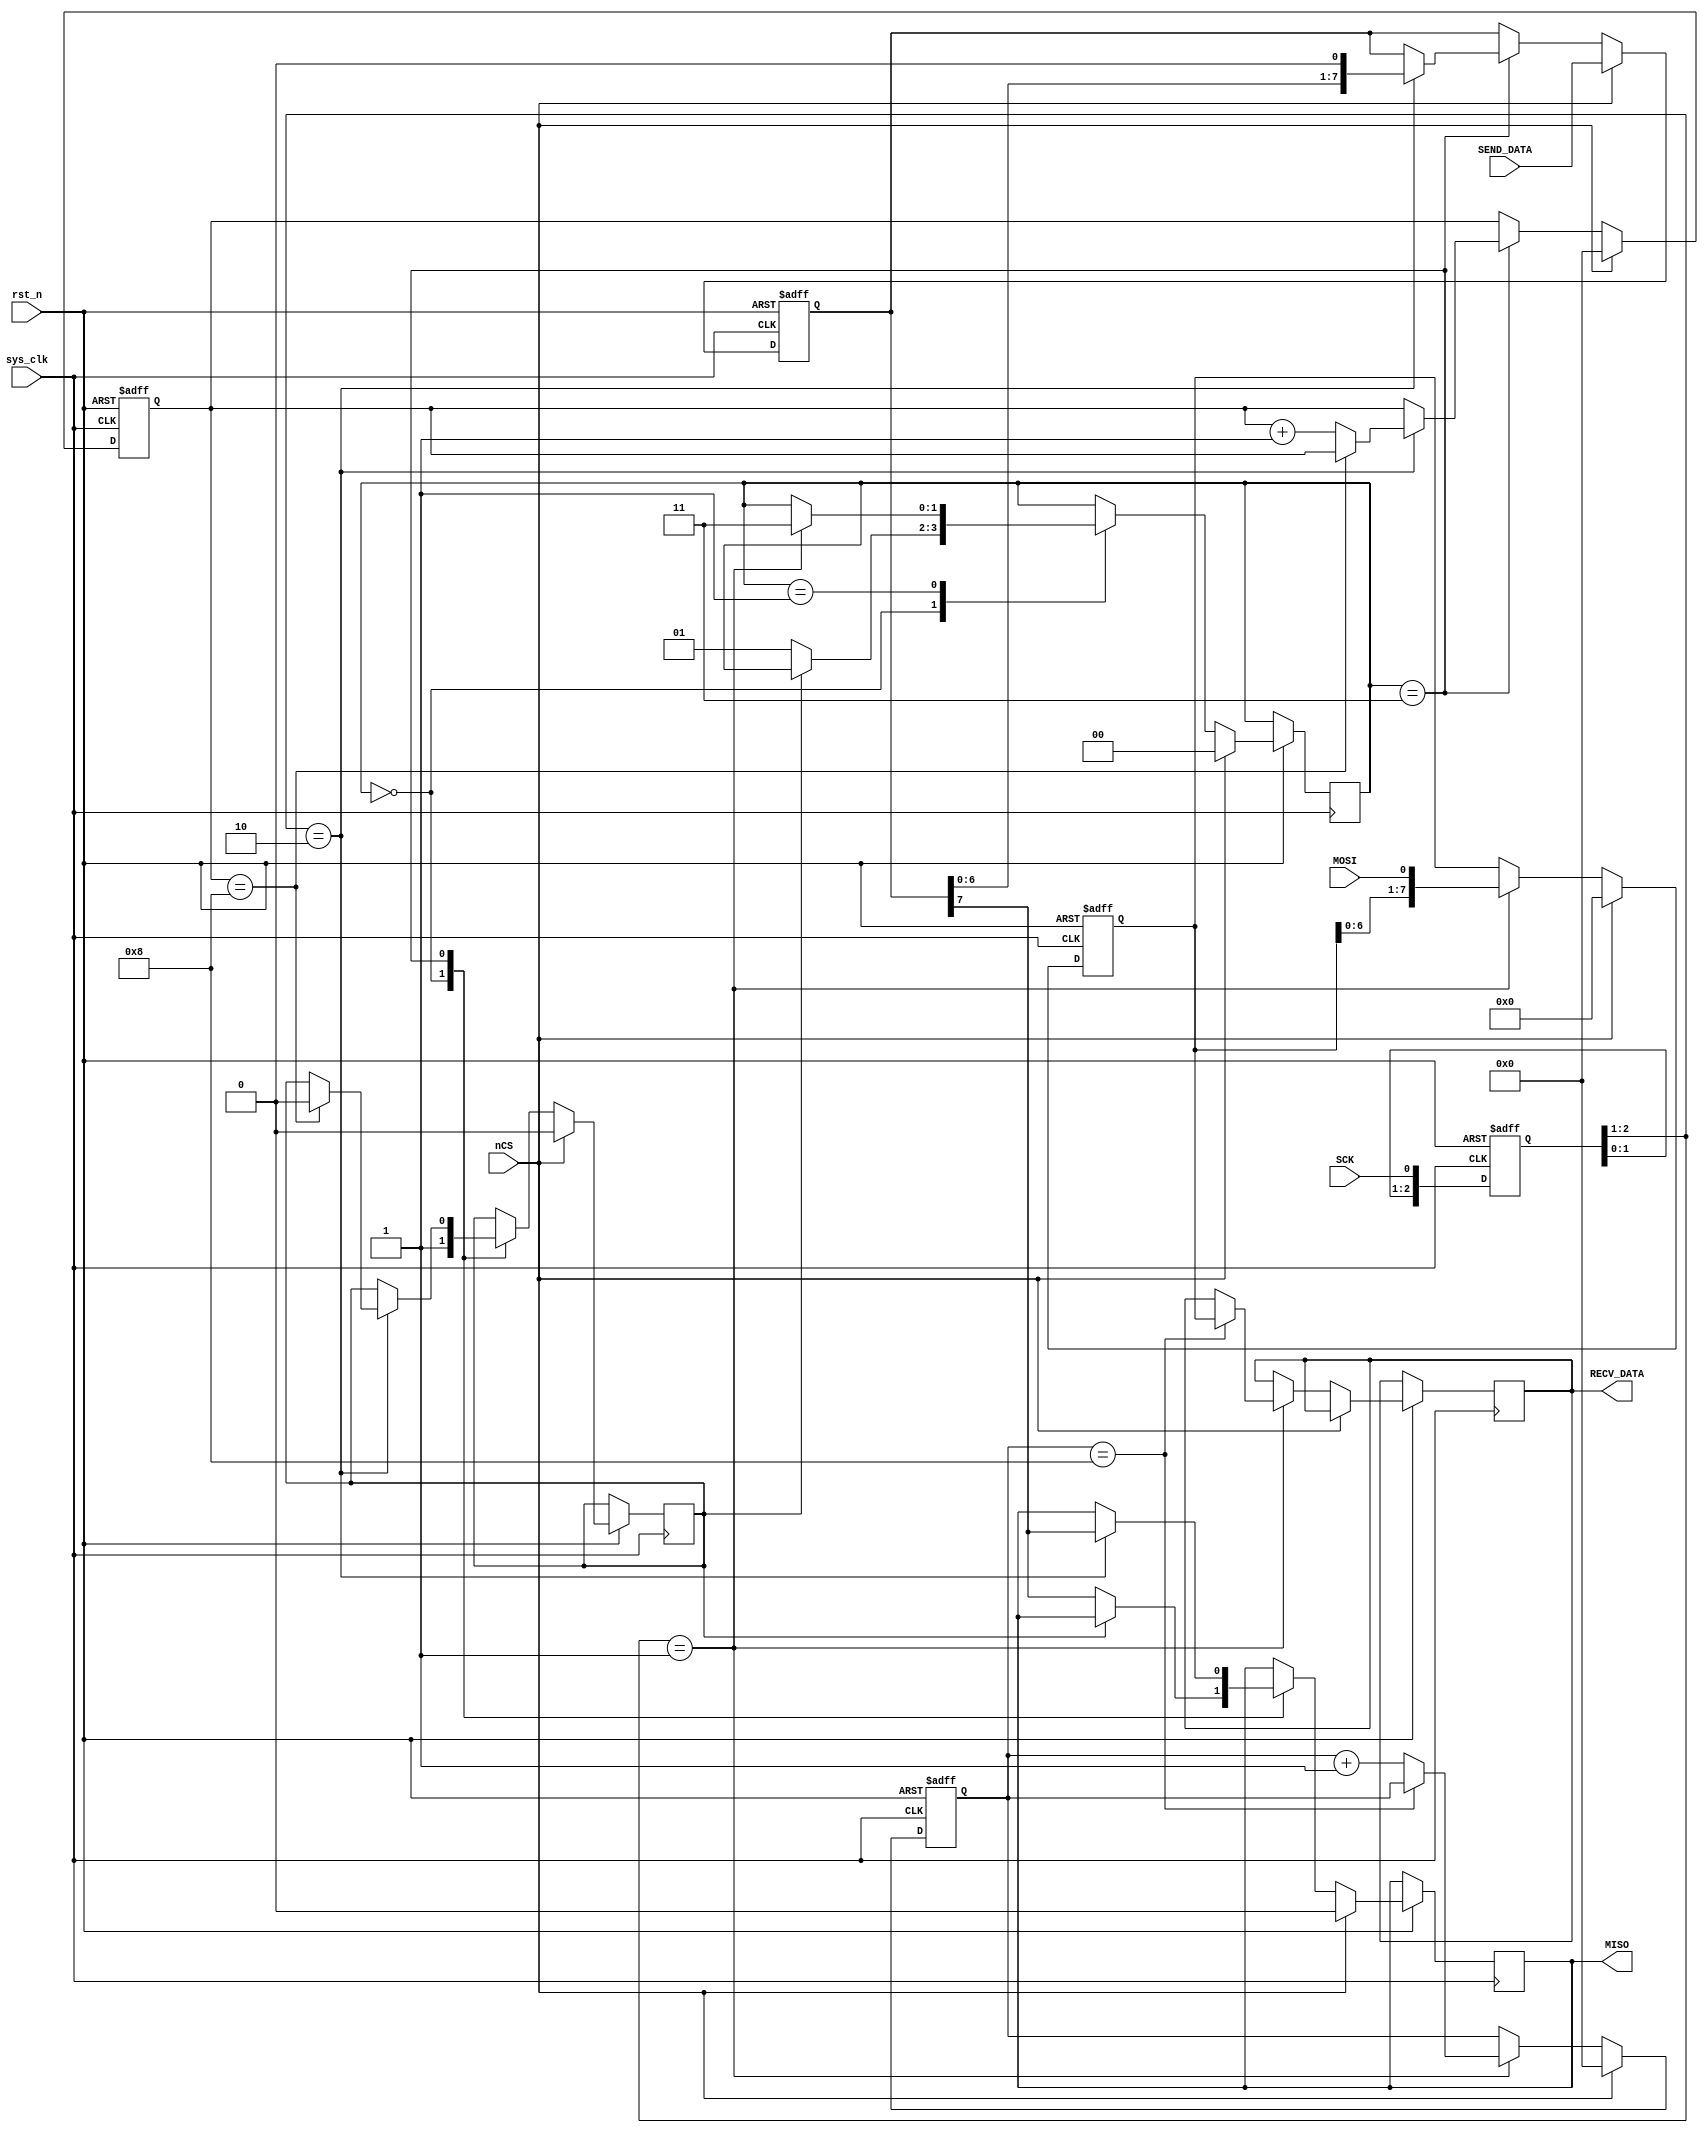
`timescale 1ns / 1ps
//////////////////////////////////////////////////////////////////////////////////
// Company: 
// Engineer: 
// 
// Design Name: 
// Module Name:    SPI_Slave 
// Project Name: 
// Target Devices: 
// Tool versions: 
// Description: 
//
// Dependencies: 
//
// Revision: 
// Revision 0.01 - File Created
// Additional Comments: 
//
//////////////////////////////////////////////////////////////////////////////////
module SPI_Slave
(
	input           sys_clk,
	input           rst_n,
	input           nCS,
	input           MOSI,
	input           SCK,
	output reg      MISO,
	input[7:0]      SEND_DATA,
	output reg[7:0] RECV_DATA
);
reg[2:0] sck_edge;
always@(posedge sys_clk or negedge rst_n)
begin
	if(!rst_n)
		sck_edge <= 3'b000;
	else
		sck_edge <= {sck_edge[1:0], SCK};
end
wire     sck_posedge, sck_negedge;
assign   sck_posedge = (sck_edge[2:1] == 2'b01);
assign   sck_negedge = (sck_edge[2:1] == 2'b10);
reg      rec_flag;
reg[1:0] rec_state;
reg[2:0] rec_flag_width;
reg[7:0] byte_recv;
reg[3:0] bit_recv_cnt;

always@(posedge sys_clk or negedge rst_n)
begin
	if(!rst_n)
	begin
		byte_recv      <= 1'b0;
		bit_recv_cnt   <= 1'b0;
	end
	else
	begin
		if(!nCS)
		begin
			if(sck_posedge)
			begin
				byte_recv    <= {byte_recv[6:0], MOSI};
				if(bit_recv_cnt == 4'h8)
				begin
					bit_recv_cnt <= bit_recv_cnt;
					RECV_DATA    <= byte_recv;
				end
				else
				begin
					bit_recv_cnt <= bit_recv_cnt + 1'b1;
				end
			end
		end
		else if(nCS)
		begin
			byte_recv    <= 1'b0;
			bit_recv_cnt <= 1'b0;
		end
	end
end
reg       sending_flag;
reg[7:0]  byte_sended;
reg[3:0]  bit_sended_cnt;
reg[1:0]  send_state;
always@(posedge sys_clk or negedge rst_n)
begin
	if(!rst_n)
	begin
		byte_sended    <= 8'h00;
		bit_sended_cnt <= 4'b0000;
	end
	else
	begin
		if(!nCS)
		begin
			case(send_state)
				2'b00:
				begin
					if(!sending_flag)
					begin
						send_state   <= 2'b01;
						sending_flag <= 1'b1;
						MISO         <= byte_sended[7];
					end
				end
				2'b01:
				begin
					if(sck_posedge)
					begin
						send_state <= 2'b11;
					end
				end
				2'b11:
				begin
					if(sck_negedge)
					begin
						MISO <= byte_sended[7];
						byte_sended <= {byte_sended[6:0], 1'b0};
						if(bit_sended_cnt == 4'h8)
						begin
							bit_sended_cnt <= bit_sended_cnt;
							sending_flag   <= 1'b0;
						end
						else
						begin
							bit_sended_cnt <= bit_sended_cnt + 1'b1;
						end
					end
				end
				default:
					send_state <= send_state;
			endcase
		end
		else if(nCS)
		begin
			sending_flag   <= 1'b0;
			bit_sended_cnt <= 1'b0;
			byte_sended    <= SEND_DATA;
			send_state     <= 2'b00;
			MISO           <= 1'b0;
		end
	end
end

endmodule